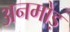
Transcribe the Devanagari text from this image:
अनमोड़